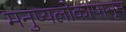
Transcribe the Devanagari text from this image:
मनुष्यलोकापासून